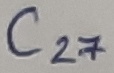
Text: C27